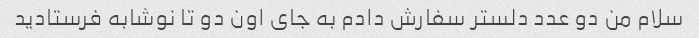
سلام من دو عدد دلستر سفارش دادم به جای اون دو تا نوشابه فرستادید